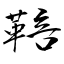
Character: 鞛